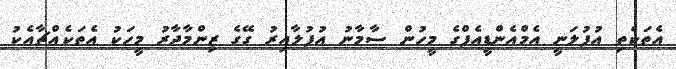
އެތަކެތި އުފުލަނީ އެމްއެންޑީއެފްގެ މީހުން ސާމާނު އުފުލާއިރު ގޭގެ ޒިންމާދާރު މީހަކު އެތަކެއްޗާއެކު